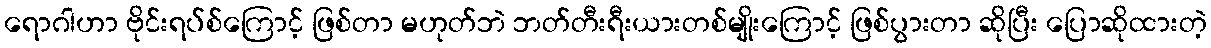
ရောဂါဟာ ဗိုင်းရပ်စ်ကြောင့် ဖြစ်တာ မဟုတ်ဘဲ ဘတ်တီးရီးယားတစ်မျိုးကြောင့် ဖြစ်ပွားတာ ဆိုပြီး ပြောဆိုထားတဲ့